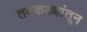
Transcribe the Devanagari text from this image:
तबकड्यांतून